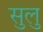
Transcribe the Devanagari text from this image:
सुलु